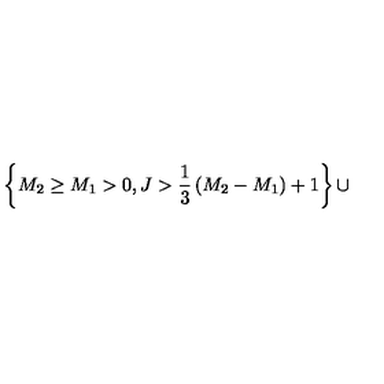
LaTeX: \left\{ M _ { 2 } \ge M _ { 1 } > 0 , J > { \frac { 1 } { 3 } } \left( M _ { 2 } - M _ { 1 } \right) + 1 \right\} \cup